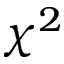
\chi ^ { 2 }